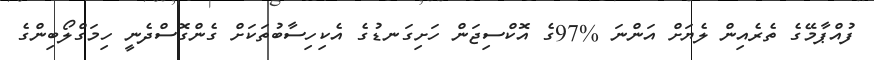
ފުއްޕާމޭގެ ތެރެއިން ލެޔަށް އަންނަ %97ގެ އޮކްސިޖަން ހަށިގަނޑުގެ އެކިހިސާބުތަކަށް ގެންގޮސްދެނީ ހިމަގްލޯބިންގެ